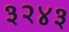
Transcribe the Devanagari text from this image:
३२४३